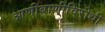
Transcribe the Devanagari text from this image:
आणीबाणीविरोधी